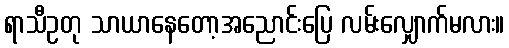
ရာသီဥတု သာယာနေတော့အညောင်းပြေ လမ်းလျှောက်မလား။